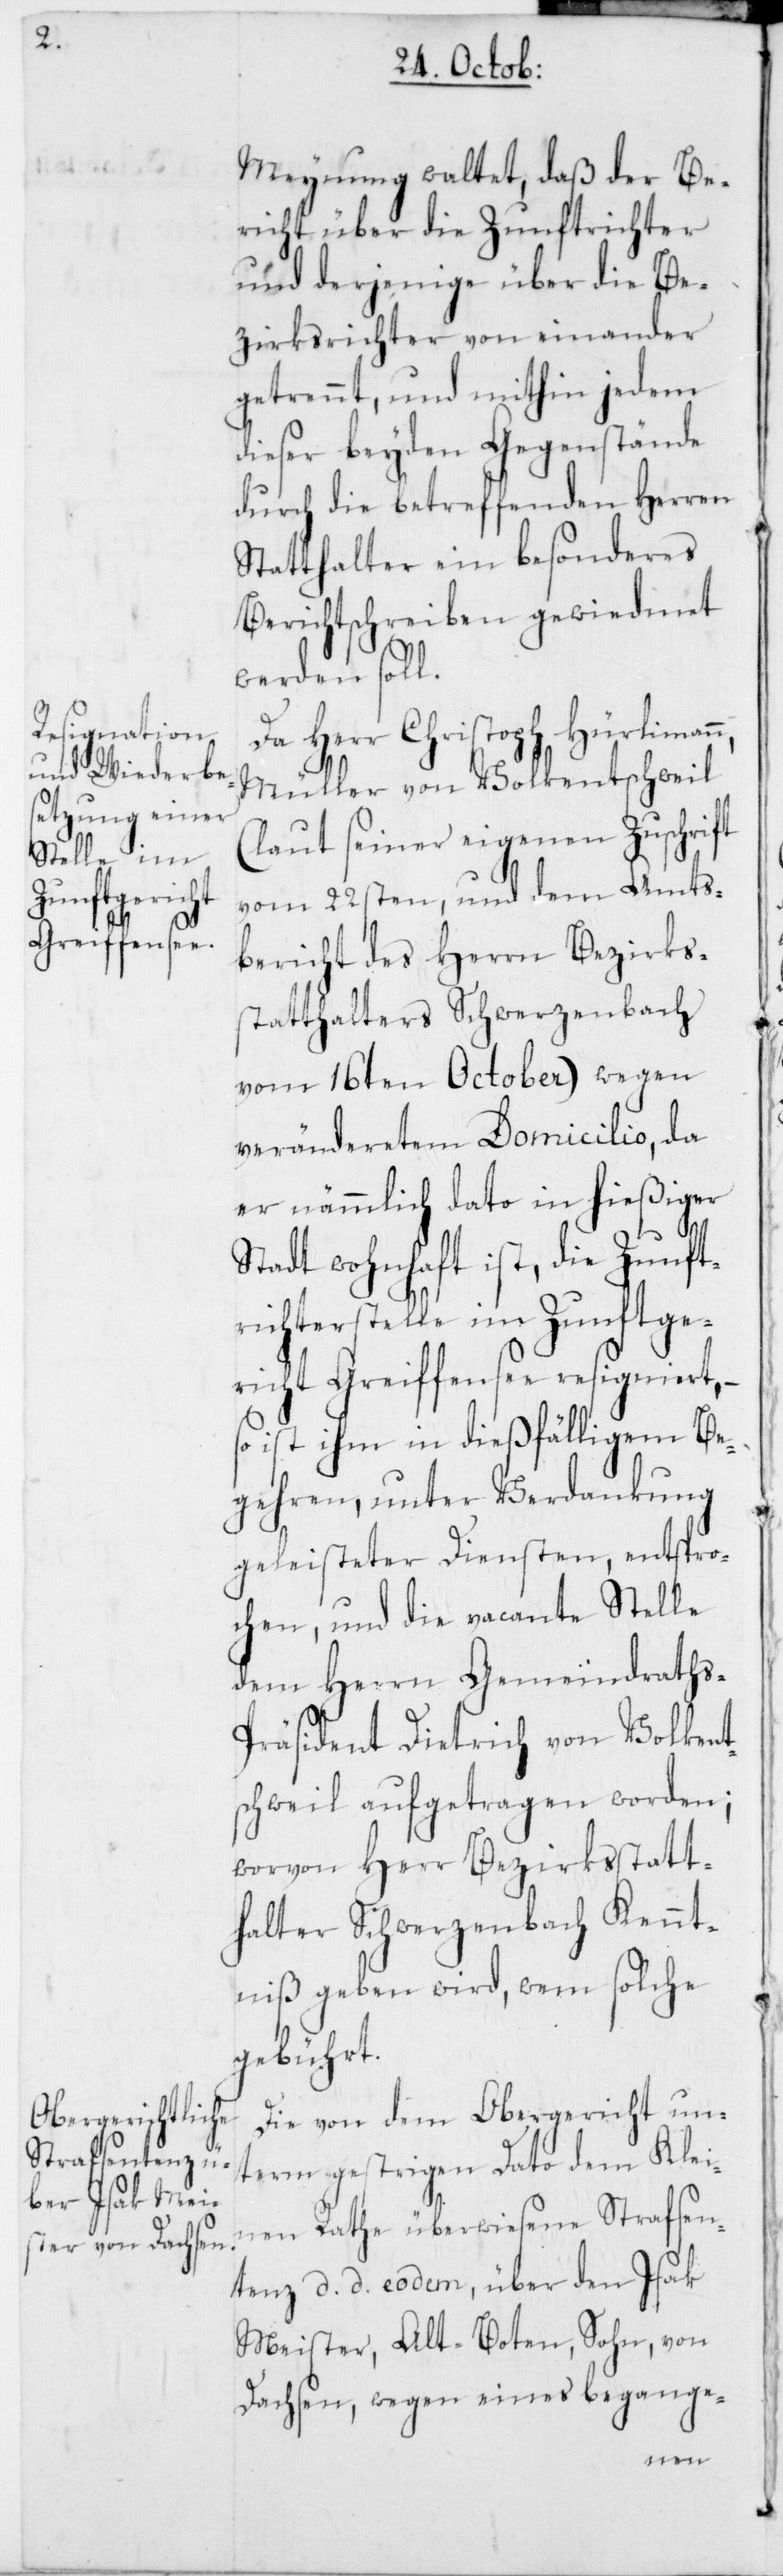
Meynung waltet, daß der Be¬
richt über die Zunftrichter
und derjenige über die Be¬
zirksrichter voneinander
getrennt, und mithin jedem
dieser beyden Gegenstände
durch die betreffenden Herren
Statthalter ein besonderes
Berichtschreiben gewiedmet
werden soll.
Da Herr Christoph Hürlimann,
Müller von Volkentschweil
(laut seiner eigenen Zuschrift
vom 22sten, und dem Amts¬
bericht des Herrn Bezirks¬
statthalters Schwerzenbach
vom 16ten October) wegen
veränderetem Domicilio, da
er nämmlich dato in hießiger
Stadt wohnhaft ist, die Zunft¬
richterstelle im Zunftge¬
richt Greiffensee resigniert, –
so ist ihm in dießfälligem Be¬
gehren, unter Verdankung
geleisteter Diensten, entspro¬
chen, und die vacante Stelle
dem Herrn Gemeindraths-P¬
räsident Dietrich von Volkent¬
schweil aufgetragen worden;
worvon Herr Bezirksstatt¬
halter Schwerzenbach Kennt¬
niß geben wird, wem solche
gebührt.
Die von dem Obergericht un¬
term gestrigen Dato dem Klei¬
nen Rathe überwiesene Strafsen¬
tenz d. d. eodem, über den Isak
Meister, Alt-Boten, Sohn, von
Dachsen, wegen eines begange-